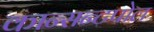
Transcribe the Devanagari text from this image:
कान्सन्टपोल